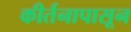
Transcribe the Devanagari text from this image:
कीर्तनापासून